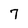
Character: 7